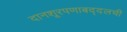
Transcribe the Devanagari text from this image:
दानशूरपणाबद्दलची